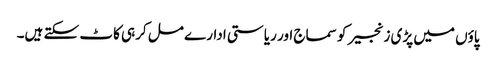
پاؤں میں پڑی زنجیر کو سماج اور ریاستی ادارے مل کرہی کاٹ سکتے ہیں۔